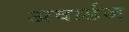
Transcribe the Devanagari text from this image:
अवार्डज